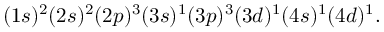
( 1 s ) ^ { 2 } ( 2 s ) ^ { 2 } ( 2 p ) ^ { 3 } ( 3 s ) ^ { 1 } ( 3 p ) ^ { 3 } ( 3 d ) ^ { 1 } ( 4 s ) ^ { 1 } ( 4 d ) ^ { 1 } .